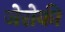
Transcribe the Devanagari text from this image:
जेरोकी